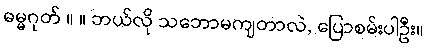
ဓမ္မဂုတ် ။ ။ ဘယ်လို သဘောမကျတာလဲ, ပြောစမ်းပါဦး။